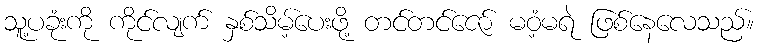
သူ့ပခုံးကို ကိုင်လျက် နှစ်သိမ့်ပေးဖို့ တင်တင်ဇော် မဝံ့မရဲ ဖြစ်နေလေသည်။